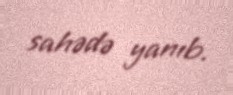
sahədə yanıb.